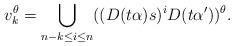
LaTeX: \begin{align*}v_k^\theta=\bigcup_{n-k\leq i\leq n}((D(t\alpha)s)^{i}D(t\alpha'))^\theta.\end{align*}